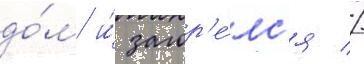
до́м и́ загор'е́лс'я //